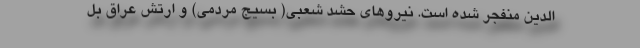
الدین منفجر شده است. نیروهای حشد شعبی( بسیج مردمی) و ارتش عراق بل